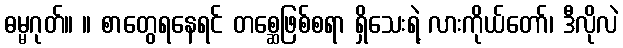
ဓမ္မဂုတ်။ ။ စာတွေရနေရင် တစ္ဆေဖြစ်စရာ ရှိသေးရဲ့ လားကိုယ်တော်၊ ဒီလိုလဲ